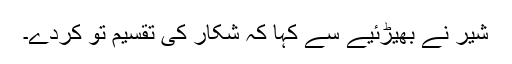
شیر نے بھیڑئیے سے کہا کہ شکار کی تقسیم تو کردے۔